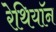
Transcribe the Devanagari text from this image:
रेथियॉन